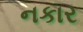
નકાર